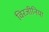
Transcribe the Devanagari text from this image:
विरजीनिया